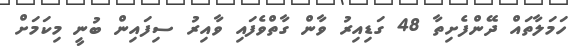
ހަމަލާތައް ދޭންފެށިތާ 48 ގަޑިއިރު ވާން ގާތްވެފައި ވާއިރު ސިފައިން ބުނީ މިކަމަށް